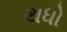
થધો